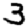
Digit: 3